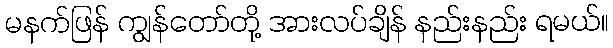
မနက်ဖြန် ကျွန်တော်တို့ အားလပ်ချိန် နည်းနည်း ရမယ်။